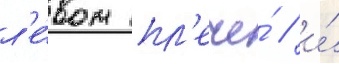
л'е́вом пл'ече́ / и́